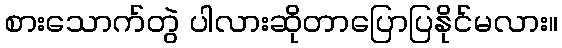
စားသောက်တွဲ ပါလားဆိုတာပြောပြနိုင်မလား။